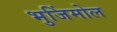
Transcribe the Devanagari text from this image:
भुजिंमोल